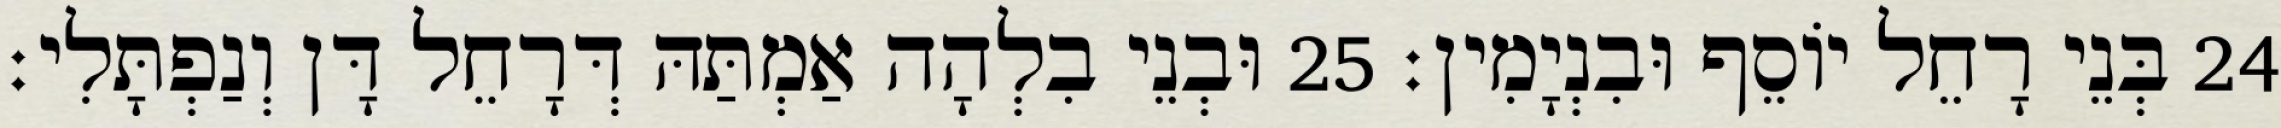
24 בְּנֵי רָחֵל יוֹסֵף וּבִנְיָמִין׃ 25 וּבְנֵי בִלְהָה אַמְתַּהּ דְּרָחֵל דָּן וְנַפְתָּלִי׃